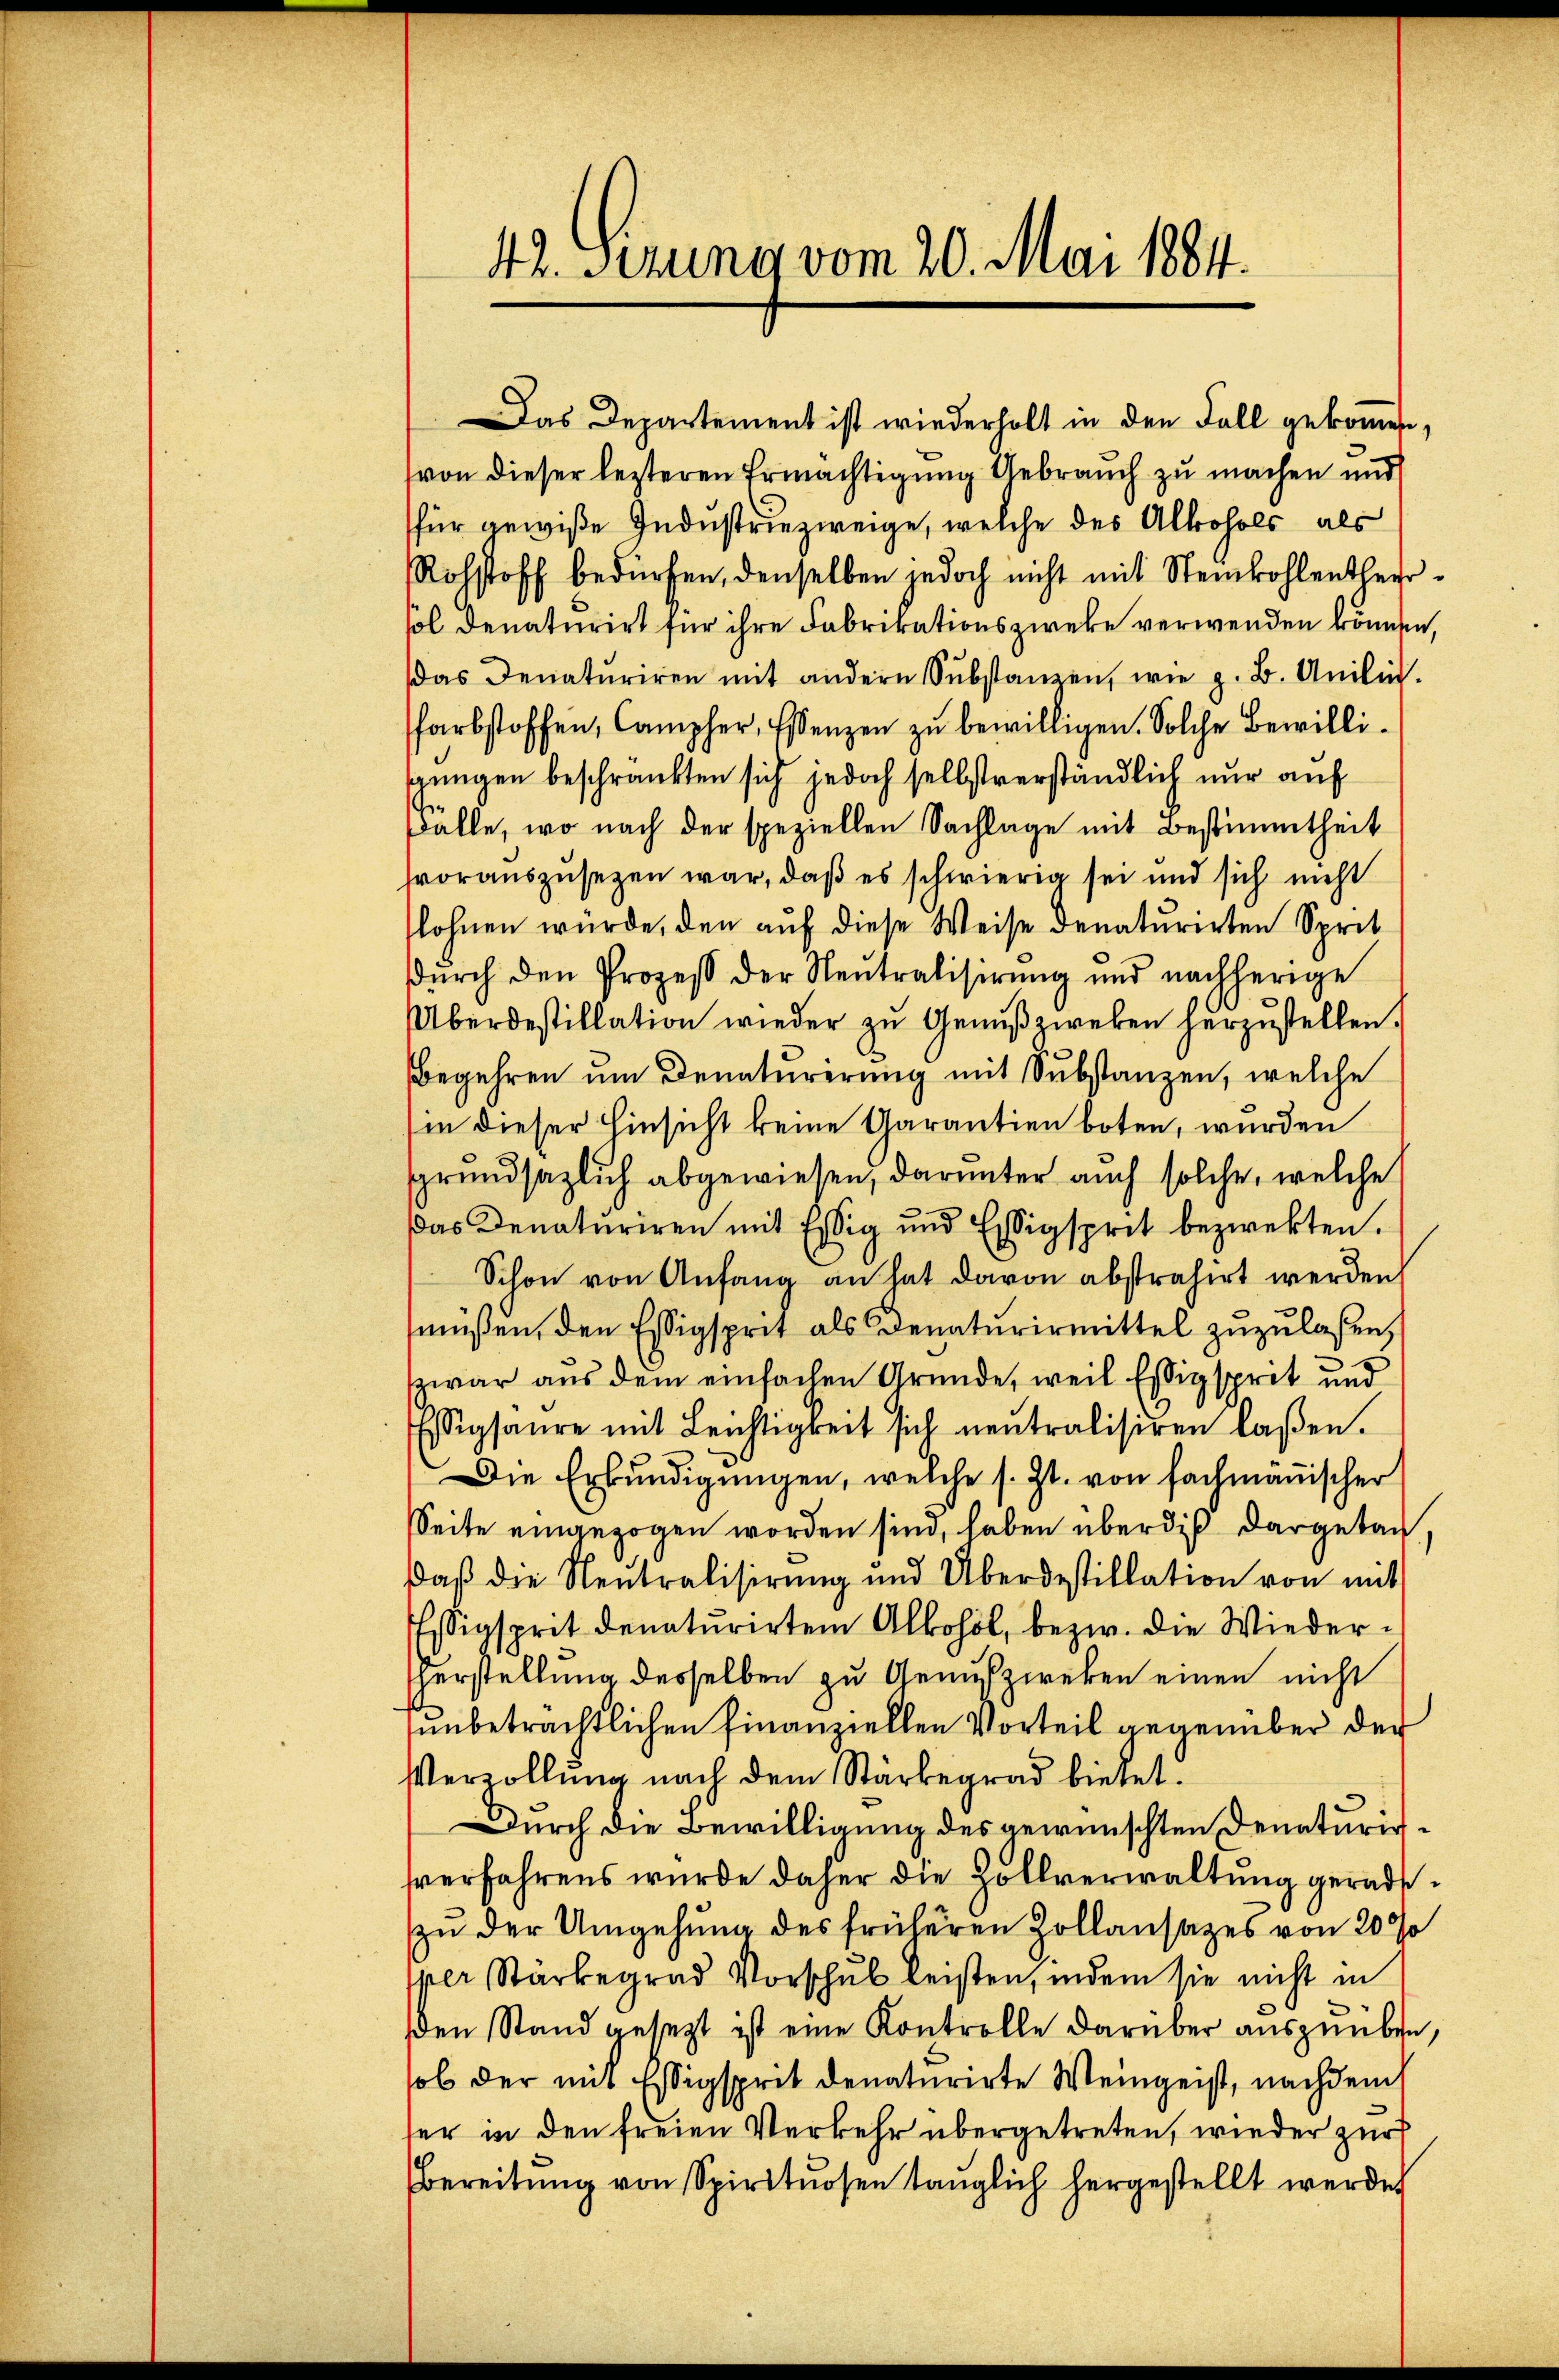
42. Serung vom 20. Mai 1884.

Das Departement ist wiederholt in den Fall gekommen,
(von dieser lezteren Ermächtigung Gebrauch zu machen und
für gewiße Industriezweige, welche des Alkohols, als
Rohstoff bedürfen, denselben jedoch nicht mit Steinkohlentherrsol denaturirt für ihre Fabrikationszwecke verwenden können,
das Denatŭriren mit andern Substanzen, wie z. B. Anilie.
farbstoffen, Campher, Essenzen zŭ bewilligen. Solche Bewilligungen beschränkten sich jedoch selbstverständlich nur auf
Fälle, wo nach der speziellen Sachlage mit Bestimmtheit
vorauszusetzen war, daß es schwierig sei und sich nicht
lohnen würde, den auf diese Weise denaturirten Sprit
dŭrch den Prozeβ der Neutralisirŭng und nachherige
Überdestillation wieder zŭ Genŭβzweken herzustellen.
Begehren um Denaturirung mit Substanzen, welche
in dieser Hinsicht keine Aarantien boten, wurden
grundsätzlich abgewiesen, darunter auch solche, welche
das Denaturiren mit Essig und Essigsprit bezwekten.
Schon von Anfang an hat davon abstrahirt werden,
müßen, den Essigsprit als Denaturirmittel zuzulassen,
zwar aus dem einfachen Grunde, weil Essig sprit und
Essigsaure mit Leichtigkeit sich neutralisiren laßen.
Die Erkŭndigungen, welche s. Zt. von fachmannischer
Seite eingezogen worden sind, haben überdieß dargetan
daβ die Neutralisirŭng und Überdestillation von mit
Essigsprit denaturirtem Alkohol, bezw. die Wieder¬
Herstellung desselben zu Genußzweken einen nicht
unbeträchtlichen Finanziellen Vorteil gegenüber der
Verzollŭng nach dem Stärbegrad bietet.
Durch die Bewilligung des gewünschten Denaturisvverfahrens wurde daher die Zollverwaltung geradszu der Umgehung des früheren Zollansatzes von 20 %
per Stärbegrad Vorschŭl leisten, indem sie nicht in
den Stand gesezt ist eine Kontrolle darüber auszuüben,
ob der mit Essigsprit denaturirte Weingeist, nachdem
ser in den freien Verkehr übergetreten, wieder zur
Bereitŭng von Spirituosen taŭglich hergestellt werden